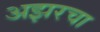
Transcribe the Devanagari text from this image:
अझरचा